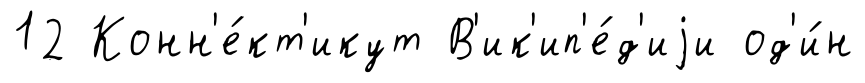
12 Конн'е́кт'икут В'ик'ип'е́д'иjи од'и́н